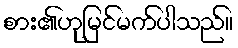
စား၏ဟုမြင်မက်ပါသည်။